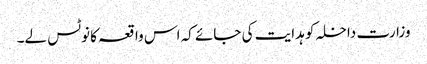
وزارت داخلہ کو ہدایت کی جائے کہ اس واقعہ کا نوٹس لے۔